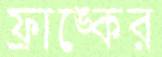
ফ্রাঙ্কের